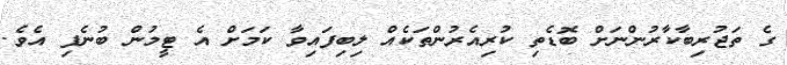
ގެ ތަޖުރިބާކާރުންނަށް ބޮޑެތި ކުރިއެރުންތަކެއް ލިބިފައިވާ ކަމަށް އެ ޓީމުން ބުނެފި އެވެ.